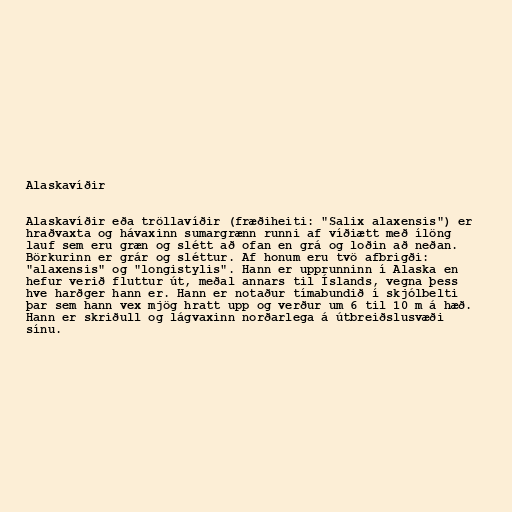
Alaskavíðir

Alaskavíðir eða tröllavíðir (fræðiheiti: "Salix alaxensis") er
hraðvaxta og hávaxinn sumargrænn runni af víðiætt með ílöng
lauf sem eru græn og slétt að ofan en grá og loðin að neðan.
Börkurinn er grár og sléttur. Af honum eru tvö afbrigði:
"alaxensis" og "longistylis". Hann er upprunninn í Alaska en
hefur verið fluttur út, meðal annars til Íslands, vegna þess
hve harðger hann er. Hann er notaður tímabundið í skjólbelti
þar sem hann vex mjög hratt upp og verður um 6 til 10 m á hæð.
Hann er skriðull og lágvaxinn norðarlega á útbreiðslusvæði
sínu.